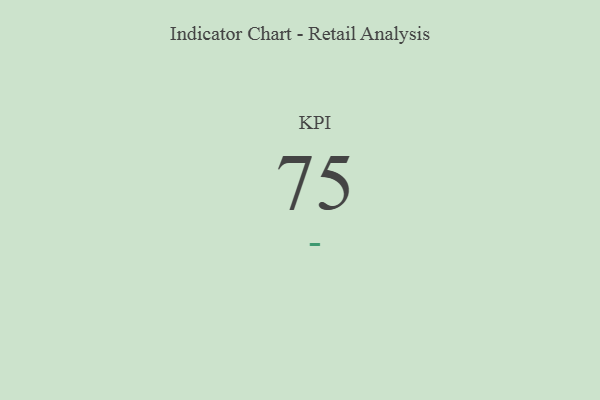
{"axis": {"x": "KPI", "y": "Value"}, "legend": [""], "data": [{"x": "KPI", "y": 75, "type": ""}]}